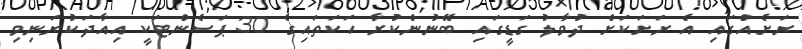
ރަށެއްގައި އެ ރަށަކަށް ދުވާލު ގަޑީގައި ބޭނުންކުރާ ހަކަތައިިގެ 30 ޕަސެންޓަކީ އިއާދަކުރަނިވި